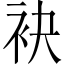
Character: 袂